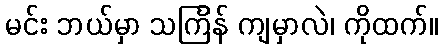
မင်း ဘယ်မှာ သင်္ကြန် ကျမှာလဲ၊ ကိုထက်။